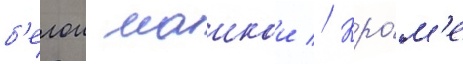
б'елои маикои // Кро́м'е